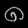
Digit: ၈